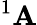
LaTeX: ^1\mathbf{A}